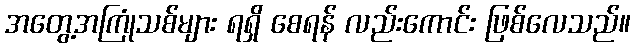
အတွေ့အကြုံသစ်များ ရရှိ စေရန် လည်းကောင်း ဖြစ်လေသည်။